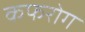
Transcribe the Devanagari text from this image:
कफरोग